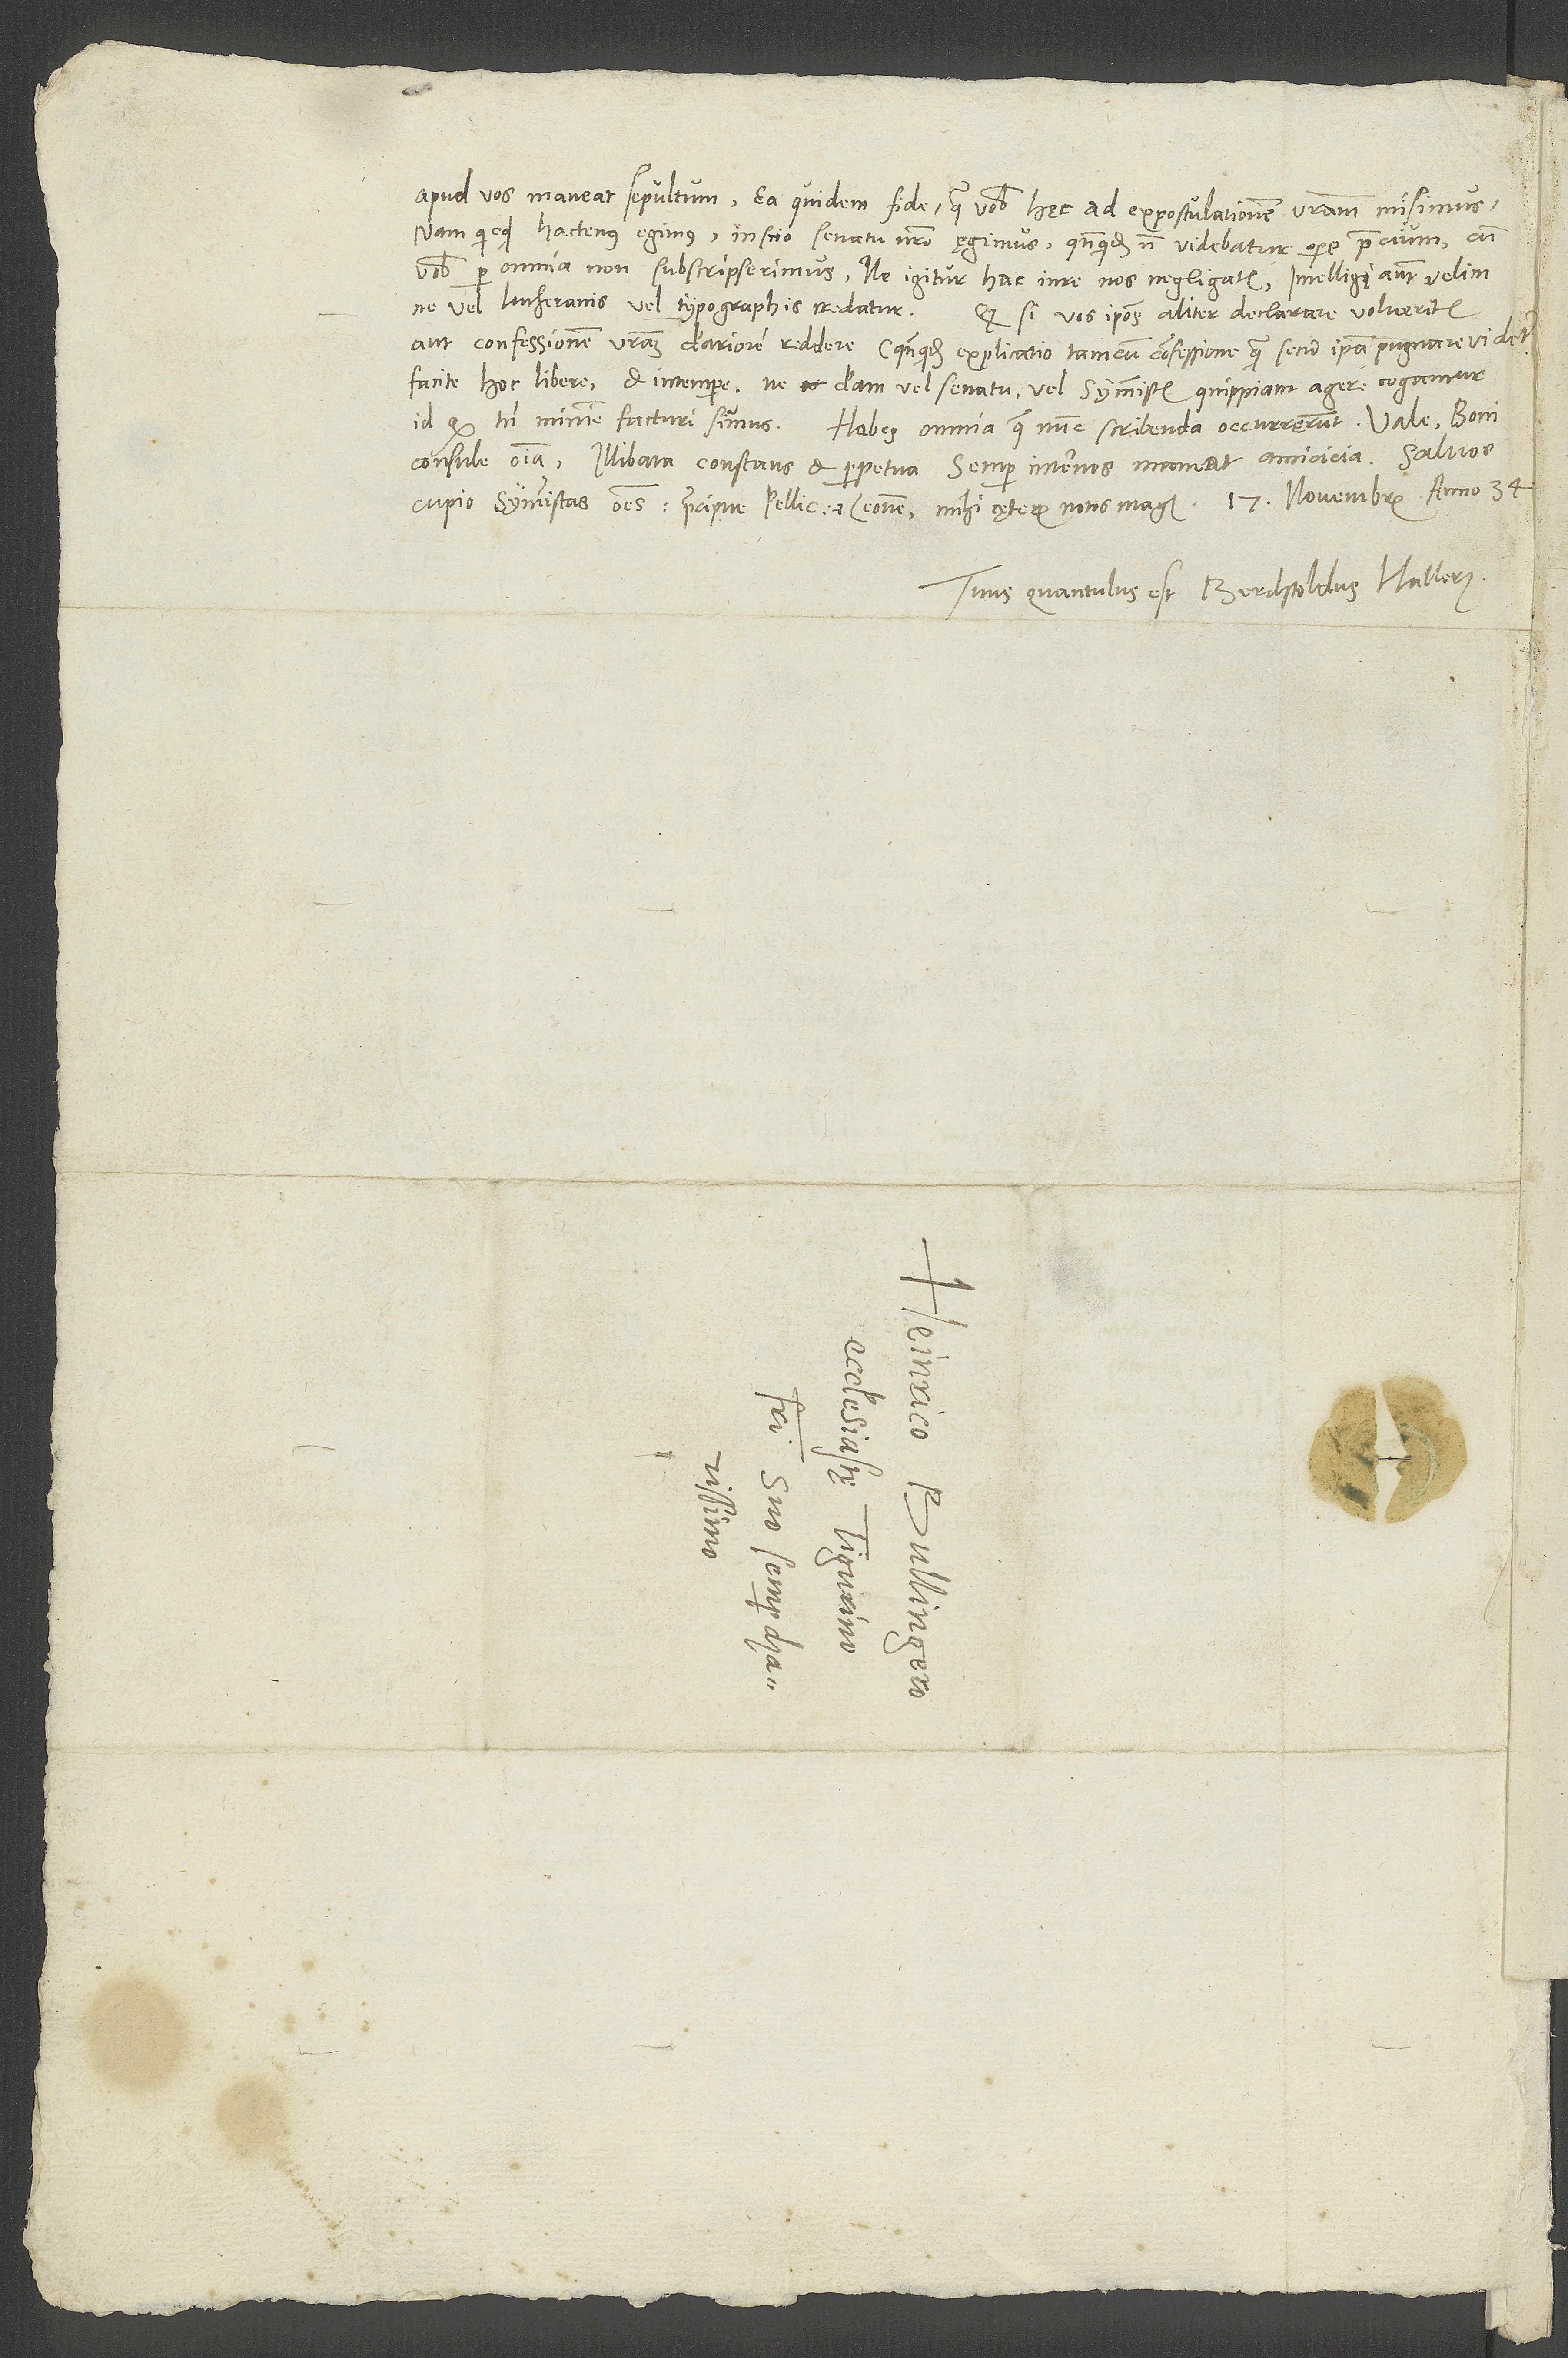
apud vos maneat sepultum ea quidem fide, qua vobis hęc ad expostulationem vestram misimus.
Nam quicquid hactenus egimus, inscio senatu nostro ęgimus, quandoquidem non videbatur opere precium, cum
vobis per omnia non subscripserimus. Ne igitur hac in re nos negligatis. Intelligi autem velim,
ne vel Lutheranis vel typographis credatur. Quodsi vos ipsos aliter declarare volueritis
aut confessionem vestram clariorem reddere, quandoquidem explicatio tam cum confessione quam secum ipsa pugnare videtur,
facite hoc libere et in tempore, ne clam vel senatu vel symmistis quippiam agere cogamur.
Id quod tamen minime facturi sumus. Habes omnia, quae nunc scribenda occurrerunt.
consule omnia. Illibata, constans et perpetua semper inter nos maneat amicicia. Salvos
Tuus, quantulus est, Berchtoldus Hallerus.